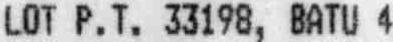
LOT P.T. 33198, BATU 4